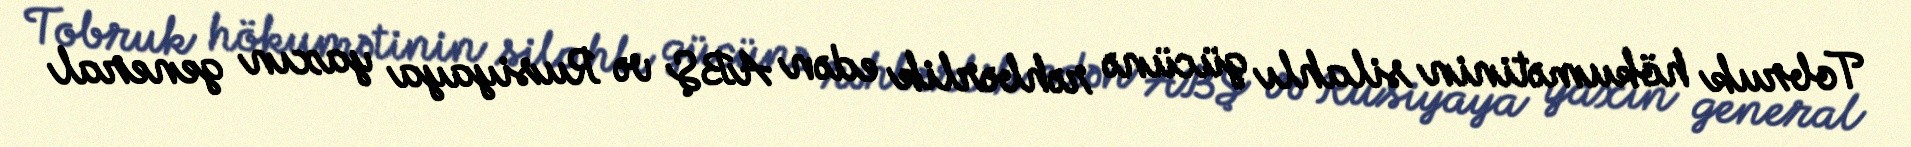
Tobruk hökumətinin silahlı gücünə rəhbərlik edən ABŞ və Rusiyaya yaxın general